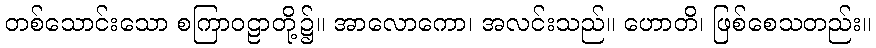
တစ်သောင်းသော စကြာဝဠာတို့၌။ အာလောကော၊ အလင်းသည်။ ဟောတိ၊ ဖြစ်စေသတည်း။